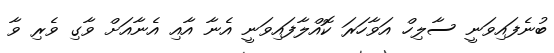
ބުނެފައިވަނީ ސާލިހް އަވާހަރަ ކޮއްލާފައިވަނީ އެނާ އާއި އެނާއަށް ވާގި ވެރި ވާ